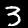
Label: 3